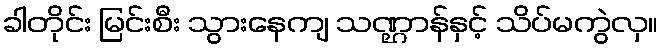
ခါတိုင်း မြင်းစီး သွားနေကျ သဏ္ဌာန်နှင့် သိပ်မကွဲလှ။